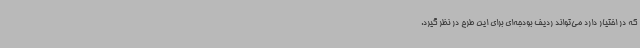
که در اختیار دارد می‌تواند ردیف بودجه‌ای برای این طرح در نظر گیرد.